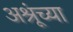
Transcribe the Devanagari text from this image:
अश्रूंच्या